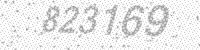
Solution: 823169